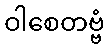
ဝါစေတဗ္ဗံ